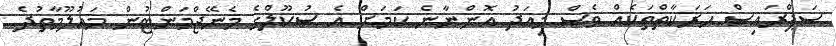
ސަޕްރައިސް ހަރަކާތްތަކެއް ވެސް މިއަދު އޮންނާނެ ކަމަށް އެ ސުކޫލްގެ މެނޭޖްމަންޓުން މައުލޫމާތުދެ